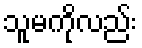
သူမကိုလည်း